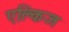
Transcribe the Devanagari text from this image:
एक्लिज